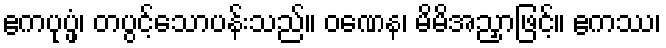
ဧကပုပ္ဖံ၊ တပွင့်သောပန်းသည်။ ဝဏေန၊ မိမိအညှာဖြင့်။ ဧကဿ၊